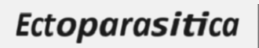
Ectoparasitica